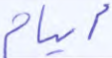
أيام